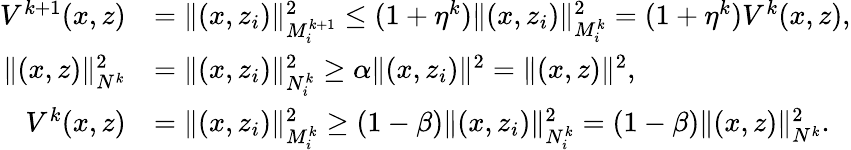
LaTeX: \begin{array}{rl}{V^{k+1}(x,z)}&{=\| (x,z_{i})\| _{M_{i}^{k+1}}^{2}\leq(1+\eta^{k})\| (x,z_{i})\| _{M_{i}^{k}}^{2}=(1+\eta^{k})V^{k}(x,z),}\\ {\| (x,z)\| _{N^{k}}^{2}}&{=\| (x,z_{i})\| _{N_{i}^{k}}^{2}\geq\alpha\| (x,z_{i})\| ^{2}=\| (x,z)\| ^{2},}\\ {V^{k}(x,z)}&{=\| (x,z_{i})\| _{M_{i}^{k}}^{2}\geq(1-\beta)\| (x,z_{i})\| _{N_{i}^{k}}^{2}=(1-\beta)\| (x,z)\| _{N^{k}}^{2}.}\end{array}